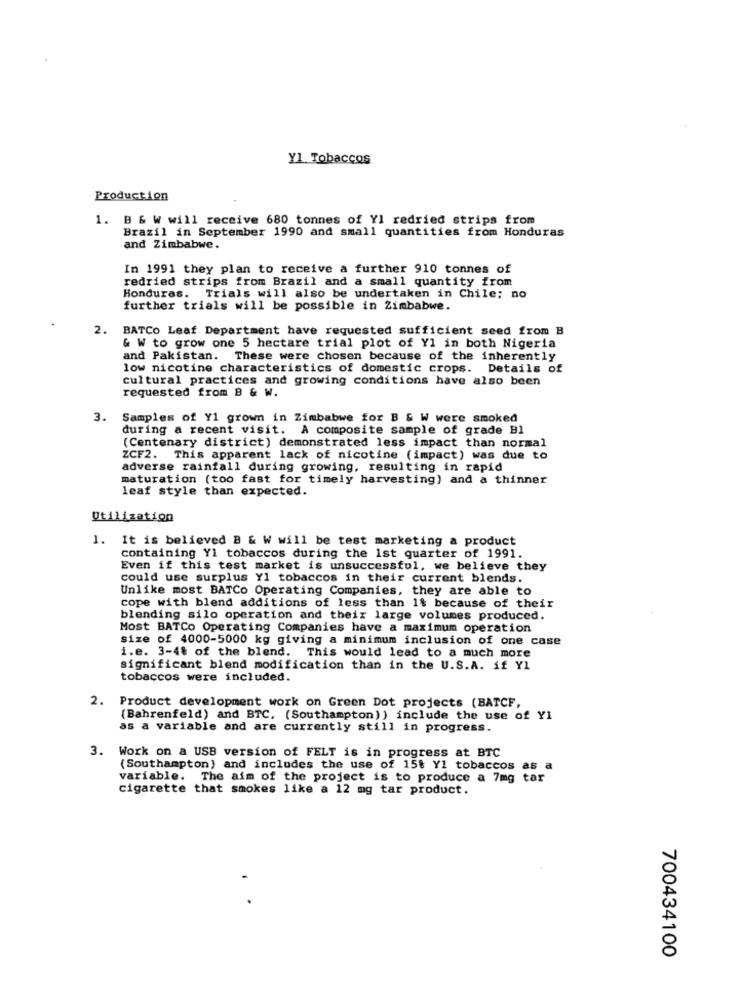
Y1 Tobaccos
Production
1. B & W will receive 680 tonnes of Yl redried strips from
Brazil in September 1990 and small quantities from Honduras
and Zimbabwe.
In 1991 they plan to receive a further 910 tonnes of
redried strips from Brazil and a small quantity from
Honduras. Trials will also be undertaken in Chile; no
further trials will be possible in Zimbabwe.
2.
BATCo Leaf Department have requested sufficient seed from B
& W to grow one 5 hectare trial plot of Yl in both Nigeria
and Pakistan. These were chosen because of the inherently
low nicotine characteristics of domestic crops. Details of
cultural practices and growing conditions have also been
requested from B & W.
3. Samples of Y1 grown in Zimbabwe for B & W were smoked
during a recent visit. A composite sample of grade Bl
(Centenary district) demonstrated less impact than normal
ZCF2. This apparent lack of nicotine (impact) was due to
adverse rainfall during growing, resulting in rapid
maturation (too fast for timely harvesting) and a thinner
leaf style than expected.
Utilization
1. It is believed B & W will be test marketing a product
containing Yl tobaccos during the 1st quarter of 1991.
Even if this test market is unsuccessful, we believe they
could use surplus Y1 tobaccos in their current blends.
Unlike most BATCo Operating Companies, they are able to
cope with blend additions of less than 1$ because of their
blending silo operation and their large volumes produced.
Most BATCo Operating Companies have a maximum operation
size of 4000-5000 kg giving a minimum inclusion of one case
i.e. 3-4% of the blend. This would lead to a much more
significant blend modification than in the U.S.A. if Y1
tobaccos were included.
2. Product development work on Green Dot projects (BATCF,
(Bahrenfeld) and BTC. (Southampton)) include the use of Y1
as a variable and are currently still in progress.
3. Work on a USB version of FELT is in progress at BTC
(Southampton) and includes the use of 15% Y1 tobaccos as a
variable. The aim of the project is to produce a 7mg tar
cigarette that smokes like a 12 mg tar product.
700434100